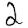
Digit: 2